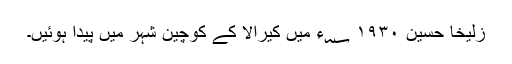
زُلیخا حُسین ۱۹۳۰ ؁ء میں کیرالا کے کوچین شہر میں پیدا ہوئیں۔